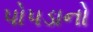
પોપડાનો